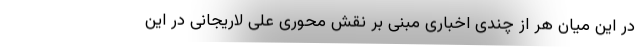
در این میان هر از چندی اخباری مبنی بر نقش محوری علی لاریجانی در این